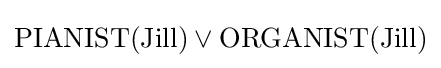
{\textrm {PIANIST(Jill)}}\vee {\textrm {ORGANIST(Jill)}}